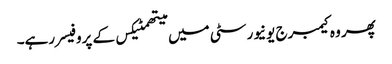
پھر وہ کیمبرج یونیورسٹی میں میتھمٹیکس کے پروفیسر رہے۔